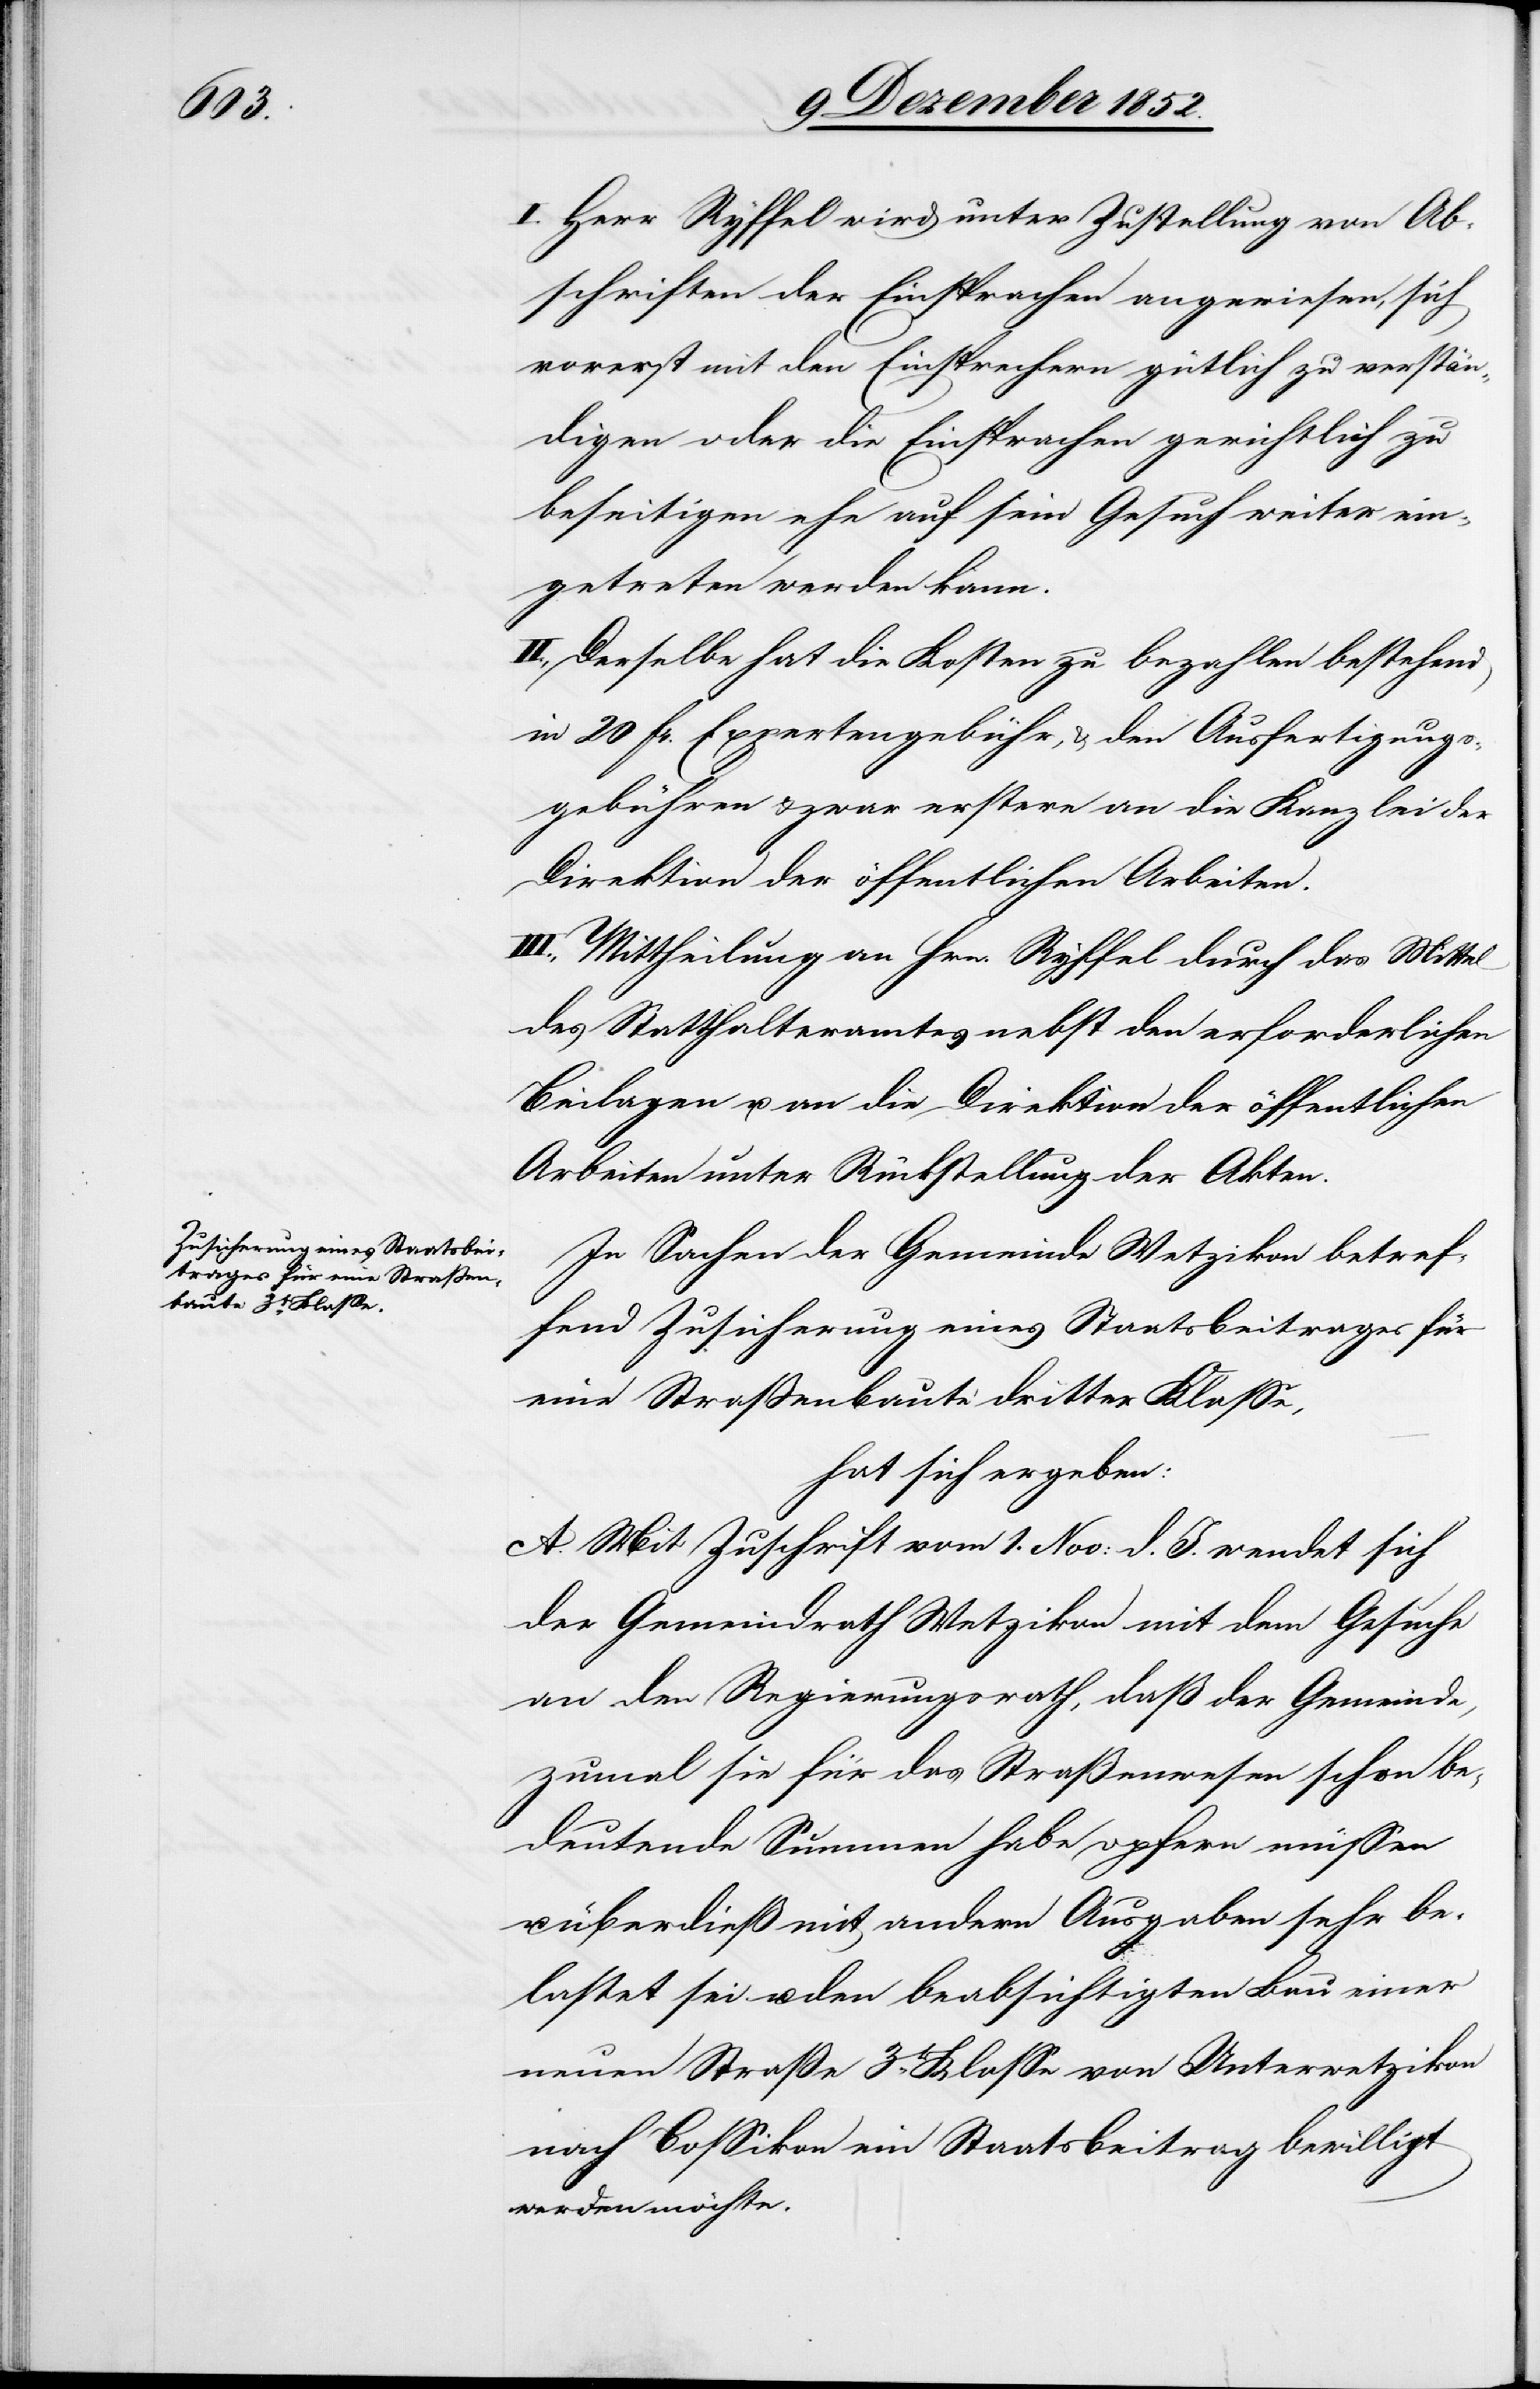
In Sachen der Gemeinde Wetzikon betref¬
fend Zusicherung eines Staatsbeitrages für
eine Straßenbaute dritter Klasse,
hat sich ergeben:
A. Mit Zuschrift vom 1. Nov: d. J. wendet sich
der Gemeindrath Wetzikon mit dem Gesuche
an den Regierungsrath, daß der Gemeinde,
zumal sie für das Straßenwesen schon be¬
deutende Summen habe opfern müssen
überdieß mit andern Ausgaben sehr be¬
lastet sei u. den beabsichtigten Bau einer
neuen Straße 3t. Klasse von Unterwetzikon
nach Bossikon ein Staatsbeitrag bewilligt
werden möchte.